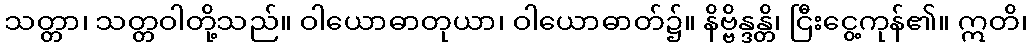
သတ္တာ၊ သတ္တဝါတို့သည်။ ဝါယောဓာတုယာ၊ ဝါယောဓာတ်၌။ နိဗ္ဗိန္ဒန္တိ၊ ငြီးငွေ့ကုန်၏။ ဣတိ၊